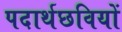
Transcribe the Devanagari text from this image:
पदार्थछवियों